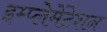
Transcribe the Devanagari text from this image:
इम्प्लेमेंटेशन